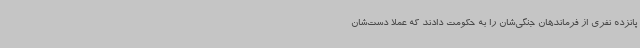
پانزده نفری از فرماندهان جنگی‌شان را به حکومت دادند که عملا دست‌شان